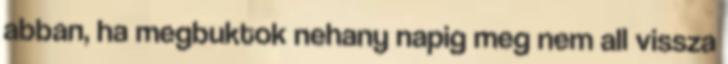
abban, ha megbuktok nehany napig meg nem all vissza